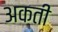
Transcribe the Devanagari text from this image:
अकती